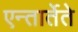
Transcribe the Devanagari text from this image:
एन्तार्तेते